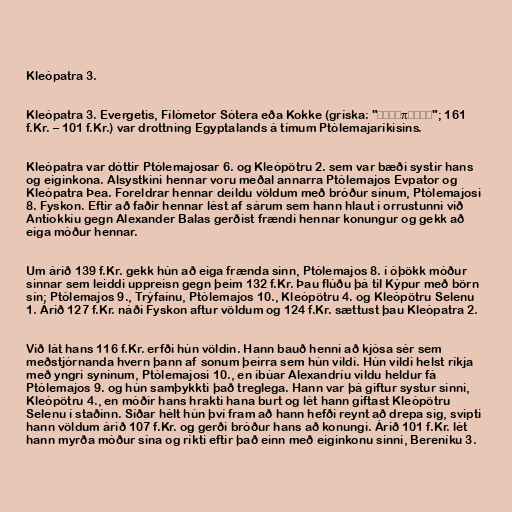
Kleópatra 3.

Kleópatra 3. Evergetis, Fílómetor Sótera eða Kokke (gríska: "Κλεοπάτρα"; 161
f.Kr. – 101 f.Kr.) var drottning Egyptalands á tímum Ptólemajaríkisins.

Kleópatra var dóttir Ptólemajosar 6. og Kleópötru 2. sem var bæði systir hans
og eiginkona. Alsystkini hennar voru meðal annarra Ptólemajos Evpator og
Kleópatra Þea. Foreldrar hennar deildu völdum með bróður sínum, Ptólemajosi
8. Fyskon. Eftir að faðir hennar lést af sárum sem hann hlaut í orrustunni við
Antíokkíu gegn Alexander Balas gerðist frændi hennar konungur og gekk að
eiga móður hennar.

Um árið 139 f.Kr. gekk hún að eiga frænda sinn, Ptólemajos 8. í óþökk móður
sinnar sem leiddi uppreisn gegn þeim 132 f.Kr. Þau flúðu þá til Kýpur með börn
sín; Ptólemajos 9., Trýfaínu, Ptólemajos 10., Kleópötru 4. og Kleópötru Selenu
1. Árið 127 f.Kr. náði Fyskon aftur völdum og 124 f.Kr. sættust þau Kleópatra 2.

Við lát hans 116 f.Kr. erfði hún völdin. Hann bauð henni að kjósa sér sem
meðstjórnanda hvern þann af sonum þeirra sem hún vildi. Hún vildi helst ríkja
með yngri syninum, Ptólemajosi 10., en íbúar Alexandríu vildu heldur fá
Ptólemajos 9. og hún samþykkti það treglega. Hann var þá giftur systur sinni,
Kleópötru 4., en móðir hans hrakti hana burt og lét hann giftast Kleópötru
Selenu í staðinn. Síðar hélt hún því fram að hann hefði reynt að drepa sig, svipti
hann völdum árið 107 f.Kr. og gerði bróður hans að konungi. Árið 101 f.Kr. lét
hann myrða móður sína og ríkti eftir það einn með eiginkonu sinni, Bereníku 3.